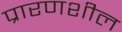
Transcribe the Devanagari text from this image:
प्रारणशील